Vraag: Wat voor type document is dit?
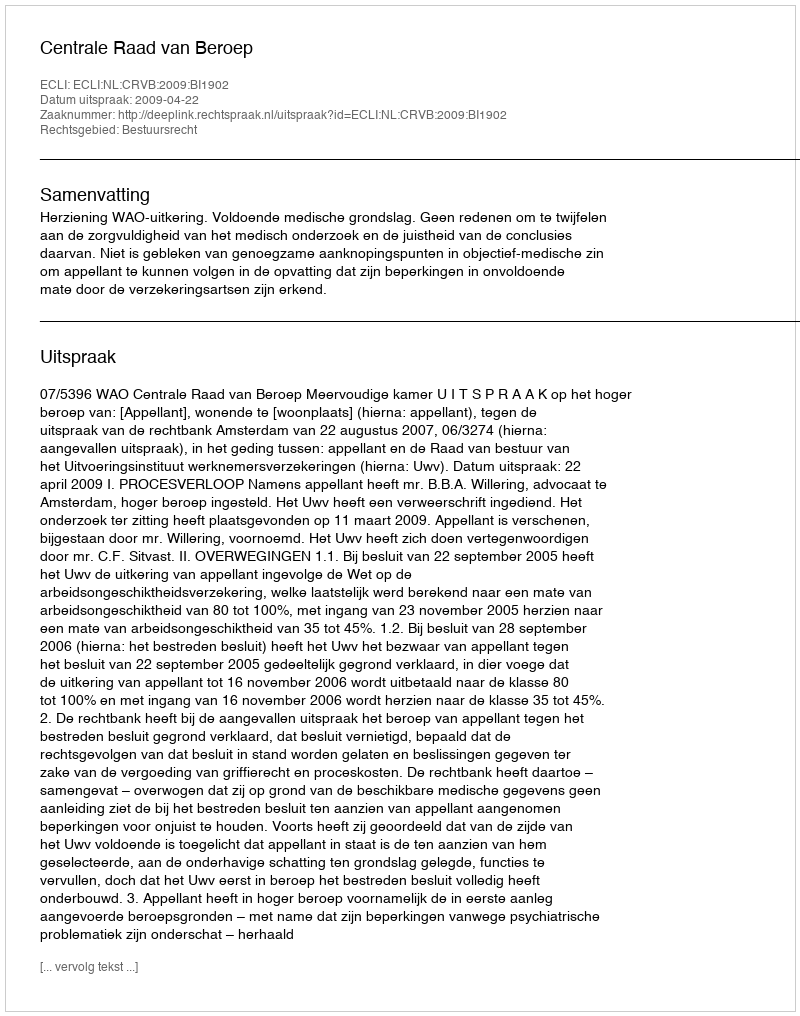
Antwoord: Uitspraak